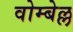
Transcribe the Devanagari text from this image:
वोम्बेल्ल